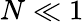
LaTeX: N\ll 1